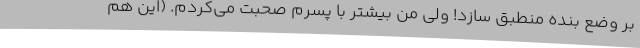
بر وضع بنده منطبق سازد! ولی من‌ بیشتر با پسرم صحبت می‌کردم. (این هم